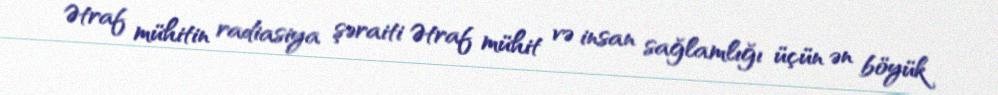
Ətraf mühitin radiasiya şəraiti Ətraf mühit və insan sağlamlığı üçün ən böyük